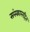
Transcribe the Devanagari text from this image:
संस्काररहित